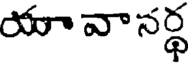
యా వా సర్థ